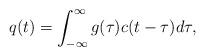
LaTeX: \begin{align*}q(t)= \int_{-\infty}^{\infty}g(\tau) c(t-\tau) d \tau,\end{align*}